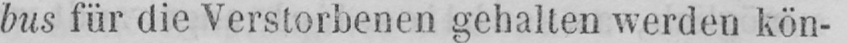
bus für die Verstorbenen gehalten werden kön-